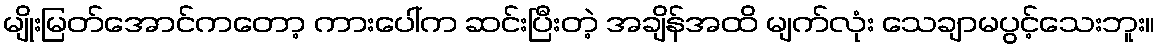
မျိုးမြတ်အောင်ကတော့ ကားပေါ်က ဆင်းပြီးတဲ့ အချိန်အထိ မျက်လုံး သေချာမပွင့်သေးဘူး။